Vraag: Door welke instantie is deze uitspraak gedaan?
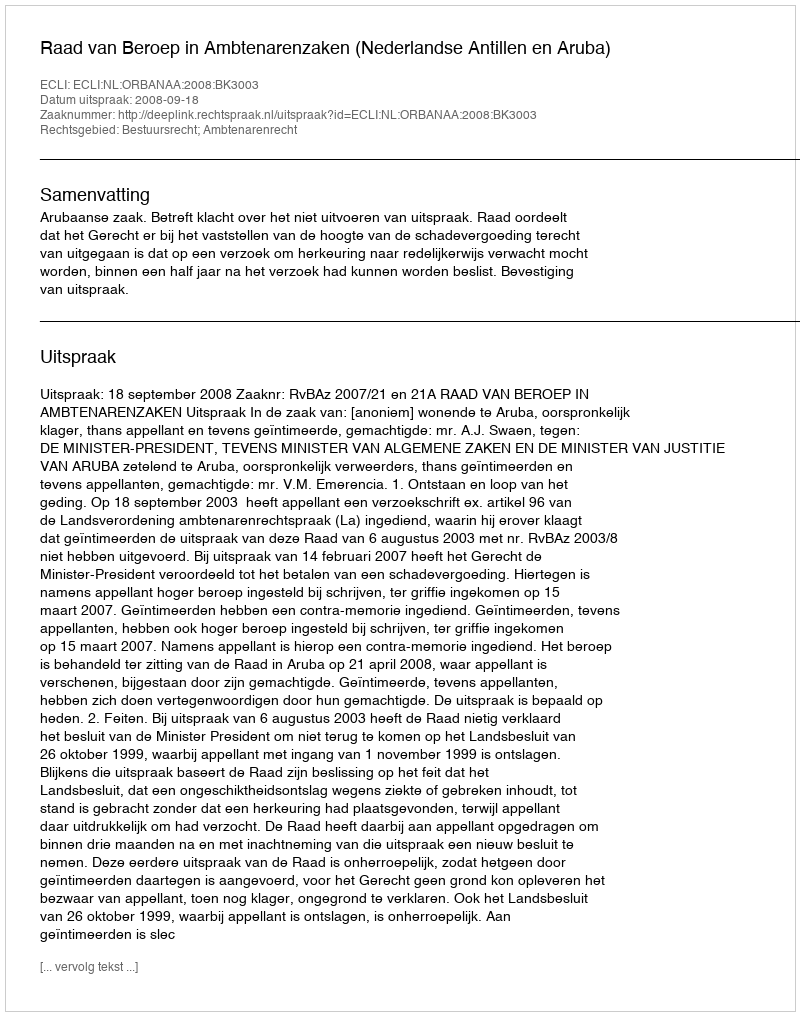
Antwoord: Raad van Beroep in Ambtenarenzaken (Nederlandse Antillen en Aruba)